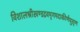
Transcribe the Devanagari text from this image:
विशालश्रीखण्डद्रवमृगमदाकीर्णघुसृण